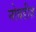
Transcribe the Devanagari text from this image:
नोबडीज़